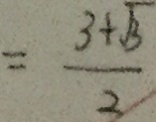
= \frac { 3 + \sqrt { 3 } } { 2 }